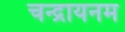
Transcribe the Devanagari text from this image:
चन्द्रायनम